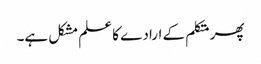
پھر متکلم کے ارادے کا علم مشکل ہے۔